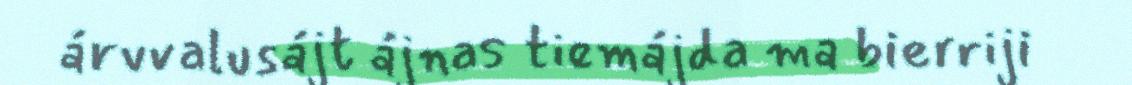
árvvalusájt ájnas tiemájda ma bierriji